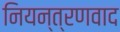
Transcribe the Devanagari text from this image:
नियन्त्रणवाद